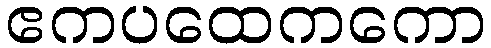
ဧကပထေကကော